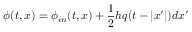
\phi ( t , x ) = \phi _ { i n } ( t , x ) + { \frac { 1 } { 2 } } h q ( t - | x ^ { \prime } | ) d x ^ { \prime }